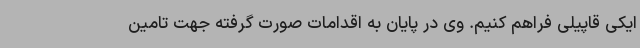
ایکی قاپیلی فراهم کنیم. وی در پایان به اقدامات صورت گرفته جهت تامین